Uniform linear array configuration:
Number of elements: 24
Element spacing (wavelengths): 0.5
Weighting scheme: kaiser
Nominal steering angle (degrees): -15
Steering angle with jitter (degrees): -13.113
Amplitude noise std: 0.05
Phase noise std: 0.05

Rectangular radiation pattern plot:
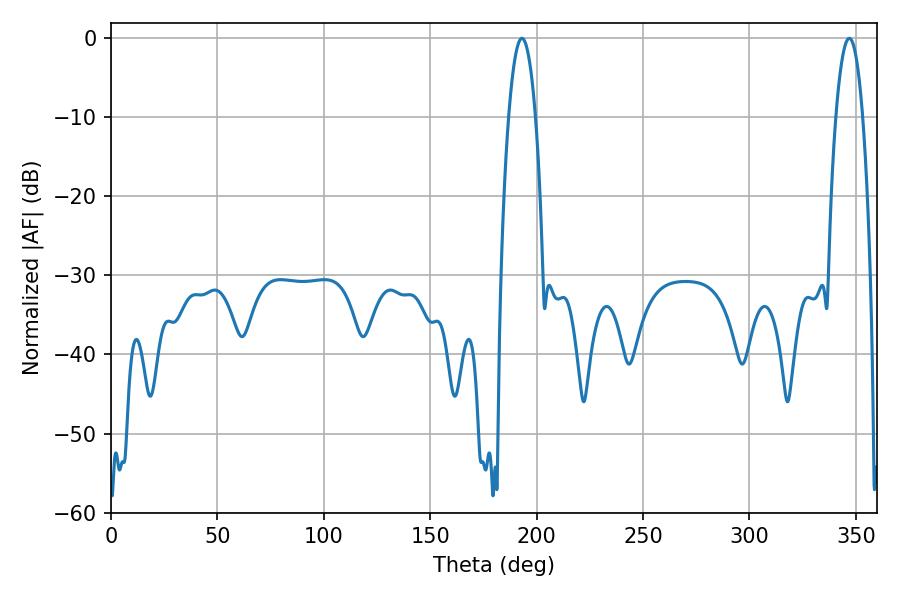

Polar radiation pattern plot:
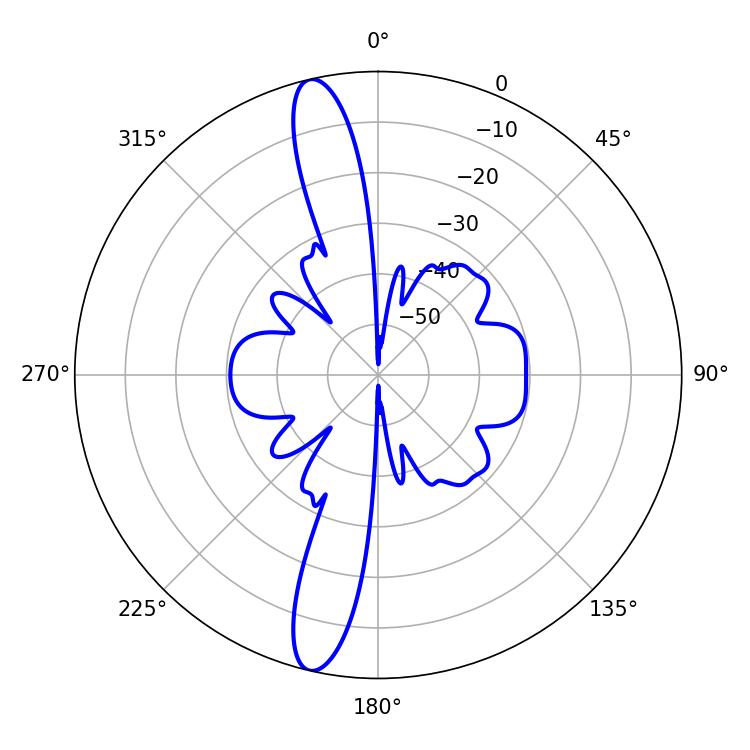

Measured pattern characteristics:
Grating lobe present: FALSE
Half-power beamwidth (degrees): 7.02
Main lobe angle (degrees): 193.14